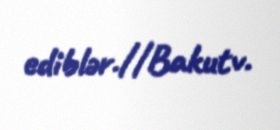
ediblər.//Bakutv.